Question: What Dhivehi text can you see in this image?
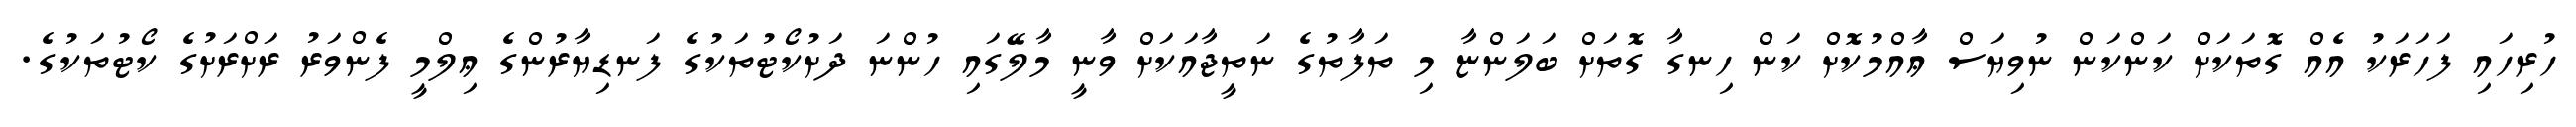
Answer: ހުރިހައި ފަހަރަކު އެއް ގޮތަކަށް ކަންކަން ނުވިޔަސް ޢާއްމުކޮށް ކަން ހިނގާ ގޮތަށް ބަލަންޏާ މި ތަފާތުގެ ނަތީޖާއަކަށް ވާނީ މާލޭގައި ހުންނަ ދަށުކޯޓުތަކުގެ ފަނޑިޔާރުންގެ ޢިލްމީ ފެންވަރު ރަށްރަށުގެ ކޯޓުތަކުގެ.